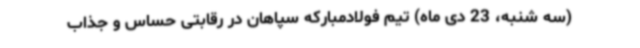
(سه شنبه، 23 دی ماه) تیم فولادمبارکه سپاهان در رقابتی حساس و جذاب